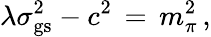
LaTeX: \lambda\sigma_{\mathrm{gs}}^{2}-c^{2}\, =\, m_{\pi}^{2}\, ,